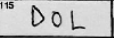
Transcription: DOL